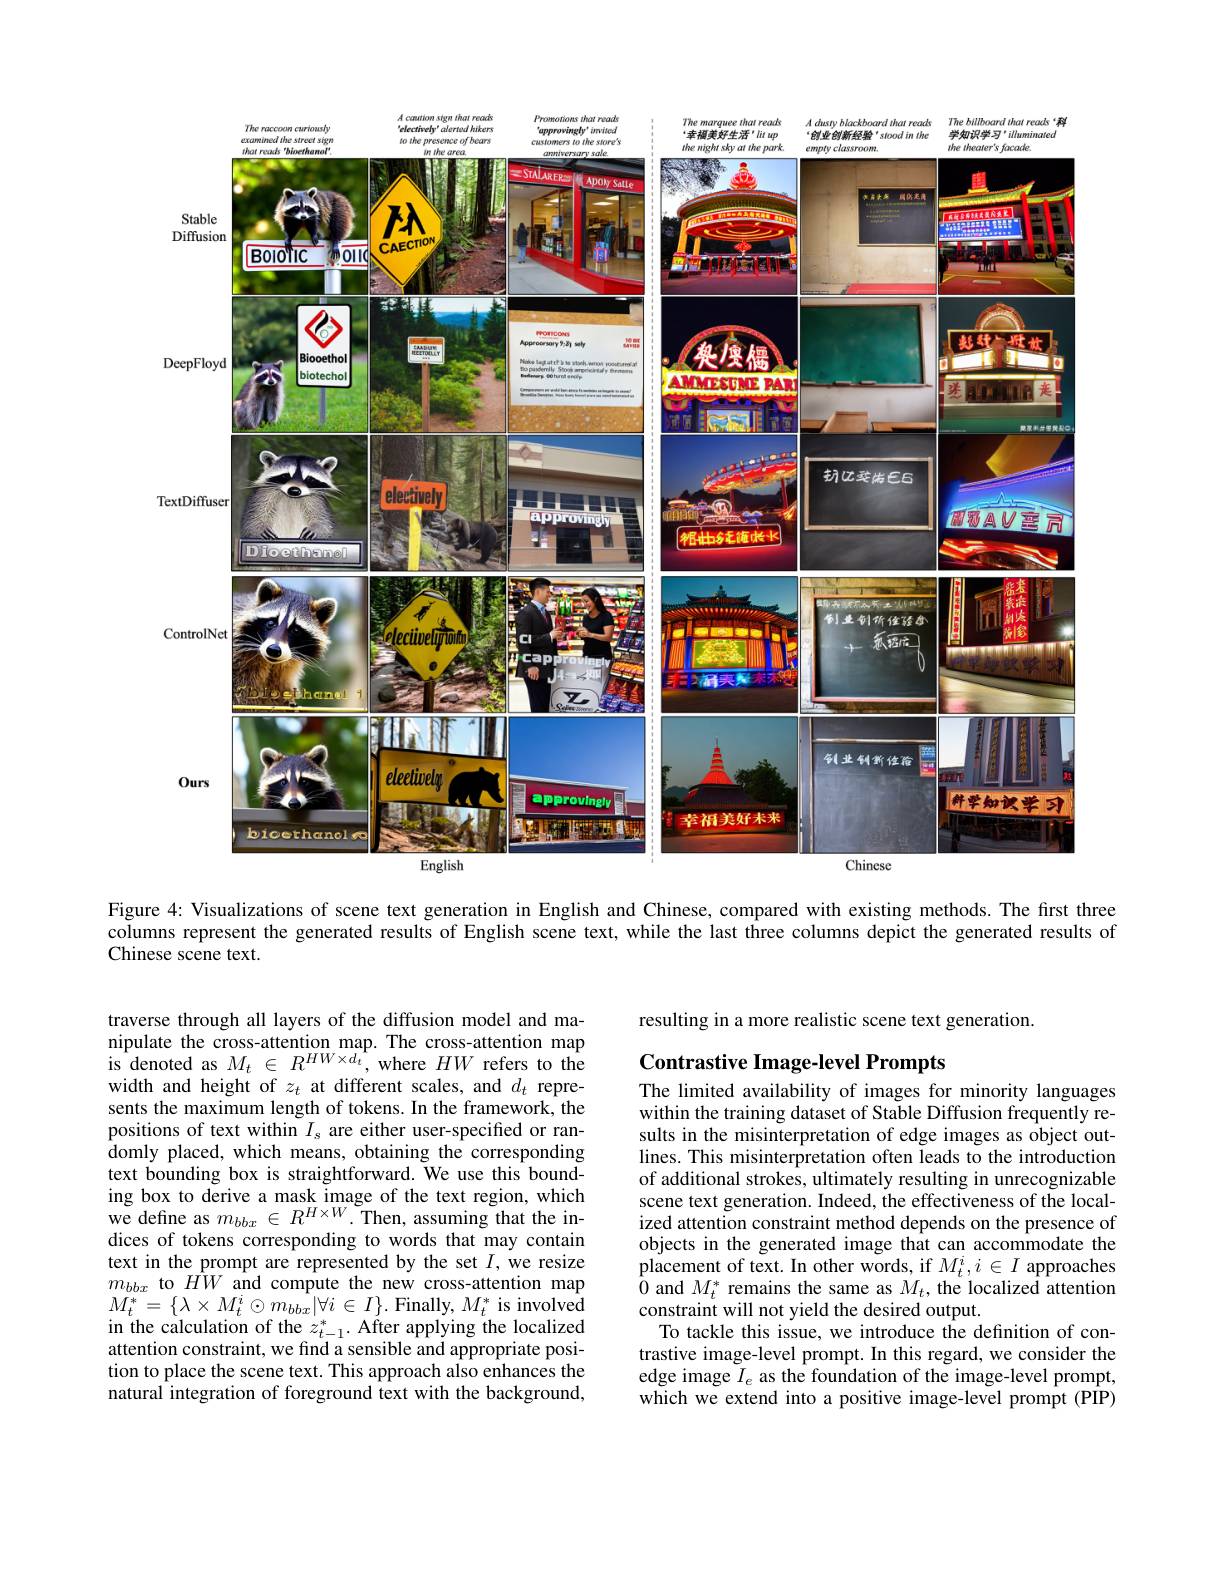
<FigureHere>

Figure 4: Visualizations of scene text generation in English and Chinese, compared with existing methods. The first three

columns represent the generated results of English scene text, while the last three columns depict the generated results of

Chinese scene text.

traverse through all layers of the diffusion model and manipulate the cross-attention map. The cross-attention map is denoted as $M_{t}~\in~R^{HW\times d_{t}}$,where $HW$ refers to the width and height of $z_t$ at different scales, and $d_t$ represents the maximum length of tokens. In the framework, the positions of text within $I_s$ are either user-specified or ran- $\hat{\text{domly placed, which means, obtaining the corresponding}}$ text bounding box is straightforward. We use this bounding box to derive a mask image of the text region, which we define as $m_bbx\in R^{H\times W}.$Then, assuming that the indices of tokens corresponding to words that may contain text in the prompt are represented by the set $I$,we resize $m_{bbx}$ to $\hat{HW}$ and compute the new cross-attention map $M_{t}^{*}=\{\lambda\times M_{t}^{i}\odot m_{bbx}|\forall i\in I\}.$Finally,$M_t^{*}$is involved in the calculation of the $z_{t-1}^{*}.$ After applying the localized attention constraint, we find a sensible and appropriate position to place the scene text. This approach also enhances the natural integration of foreground text with the background,

resulting in a more realistic scene text generation.

## Contrastive Image-level Prompts

The limited availability of images for minority languages within the training dataset of Stable Diffusion frequently results in the misinterpretation of edge images as object outlines. This misinterpretation often leads to the introduction of additional strokes, ultimately resulting in unrecognizable scene text generation. Indeed, the effectiveness of the localized attention constraint method depends on the presence of objects in the generated image that can accommodate the placement of text. In other words, if $M_t^i,i\in I$ approaches $\hat{0}$ and $M_t^*$ remains the same as $M_t$, the localized attention constraint will not yield the desired output.
To tackle this issue, we introduce the definition of contrastive image-level prompt. In this regard, we consider the edge image $I_e$ as the foundation of the image-level prompt, which we extend into a positive image-level prompt (PIP)